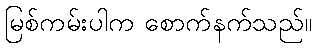
မြစ်ကမ်းပါက စောက်နက်သည်။